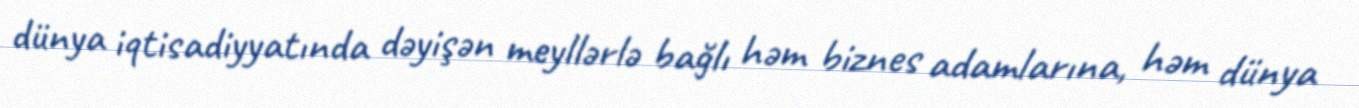
dünya iqtisadiyyatında dəyişən meyllərlə bağlı həm biznes adamlarına, həm dünya